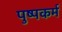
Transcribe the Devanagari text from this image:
पुष्पकर्म